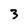
Character: 3